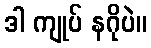
ဒါ ကျုပ် နဂိုပဲ။